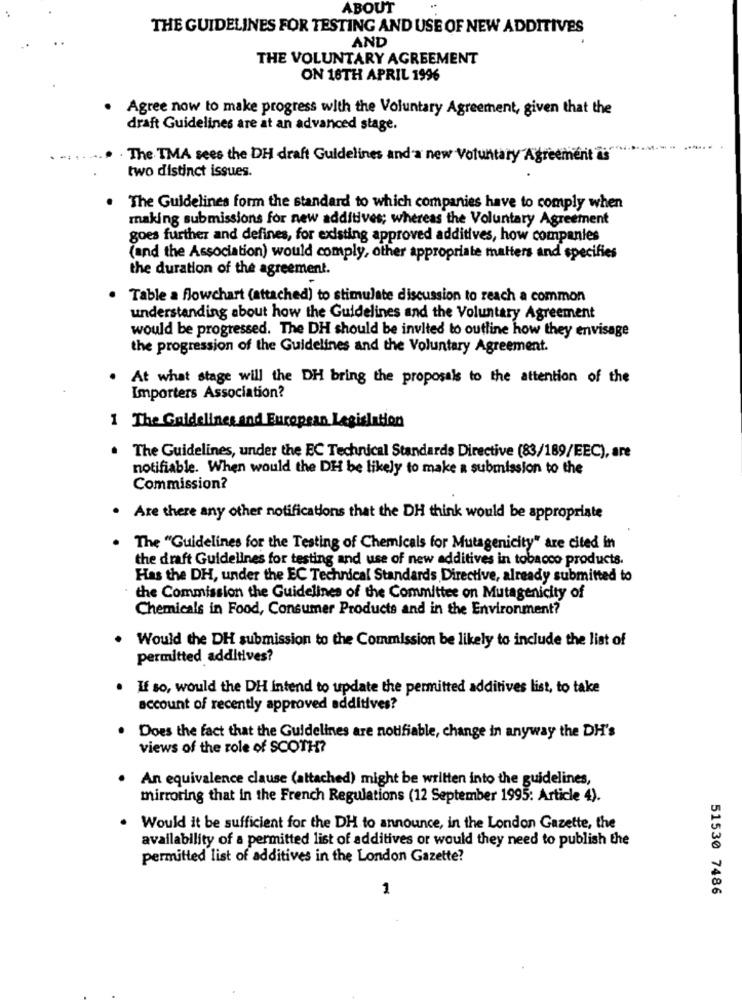
ABOUT
THE GUIDELINES FOR TESTING AND USE OF NEW ADDITIVES
AND
THE VOLUNTARY AGREEMENT
ON 16TH APRIL 1996
Agree now to make progress with the Voluntary Agreement, given that the
draft Guidelines are at an advanced stage.
The TMA sees the DH draft Guidelines and a new Voluntary Agreement is
two distinct issues.
The Guidelines form the standard to which companies have to comply when
making submissions for new additives; whereas the Voluntary Agreement
goes further and defines, for existing approved additives, how companies
(and the Association) would comply, other appropriate matters and specifies
the duration of the agreement.
Table a flowchart (attached) to stimulate discussion to reach a common
understanding about how the Guidelines and the Voluntary Agreement
would be progressed. The DH should be invited to outline how they envisage
the progression of the Guidelines and the Voluntary Agreement.
At what stage will the DH bring the proposals to the attention of the
Importers Association?
1 The Guidelines and European Legislation
. The Guidelines, under the EC Technical Standards Directive (83/189/EEC), are
notifiable. When would the DH be likely to make a submission to the
Commission?
. Are there any other notifications that the DH think would be appropriate
The "Guidelines for the Testing of Chemicals for Mutagenicity" are cited In
the draft Guidelines for testing and use of new additives in tobacco products.
Has the DH, under the EC Technical Standards Directive, already submitted to
the Commission the Guidelines of the Committee on Mutagenicity of
Chemicals in Food, Consumer Products and in the Environment?
Would the DH submission to the Commission be likely to include the list of
permitted additives?
If so, would the DH Intend to update the permitted additives list, to take
account of recently approved additives?
Does the fact that the Guidelines are notifiable, change in anyway the DH's
views of the role of SCOTH?
An equivalence clause (attached) might be written into the guidelines,
mirroring that in the French Regulations (12 September 1995: Article 4).
Would it be sufficient for the DH to announce, in the London Gazette, the
availability of a permitted list of additives or would they need to publish the
permitted list of additives in the London Gazette?
1
51530 7486